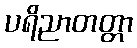
ပရိညာတတ္တာ